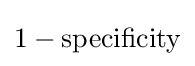
1-{\text{specificity}}